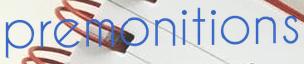
premonitions